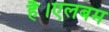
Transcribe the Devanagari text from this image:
है।एलबम